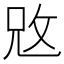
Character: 𢼙